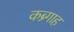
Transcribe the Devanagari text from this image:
कब्र्गाह